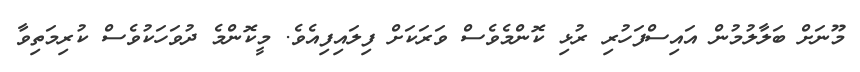
މޫނަށް ބަލާލުމުން އައިސްފަހުރި ރުޅި ކޮންމެވެސް ވަރަކަށް ފިލައިފިއެވެ. މީކޮންމެ ދުވަހަކުވެސް ކުރިމަތިވާ